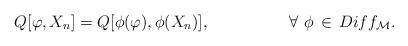
LaTeX: \begin{align*} Q[\varphi,X_{n}]=Q[\phi(\varphi),\phi(X_{n})], \hspace{2cm} \forall\ \phi\,\in\,Diff_{\cal M}.\end{align*}